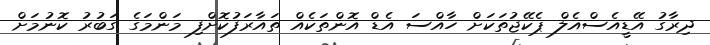
ދިރާގު އޭޑީއެސްއެލް ޕެކޭޖުތަކަށް ހާއްސަ އެޑް އޮންތަކެއް ތައާރަފުކޮށްފި މަންމަގެ ގަބުރު ކޮނުމަށް